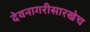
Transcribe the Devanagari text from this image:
देवनागरीसारखेच